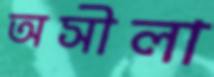
অসীলা